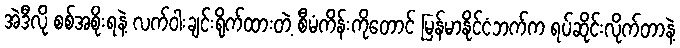
အဲဒီလို စစ်အစိုးရနဲ့ လက်ဝါးချင်းရိုက်ထားတဲ့ စီမံကိန်းကိုတောင် မြန်မာနိုင်ငံဘက်က ရပ်ဆိုင်းလိုက်တာနဲ့